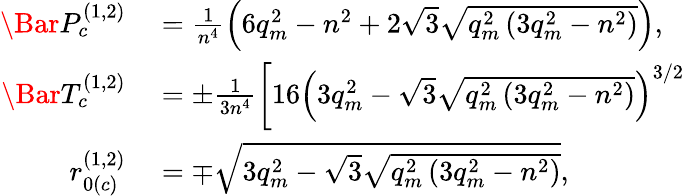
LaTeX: \begin{array}{rl}{\Bar{P}_{c}^{(1,2)}}&{{}=\frac{1}{n^{4}}\left(6q_{m}^{2}-n^{2}+2\sqrt{3}\sqrt{q_{m}^{2}\left(3q_{m}^{2}-n^{2}\right)}\right),}\\ {\Bar{T}_{c}^{(1,2)}}&{{}=\pm\frac{1}{3n^{4}}\left[16\left(3q_{m}^{2}-\sqrt{3}\sqrt{q_{m}^{2}\left(3q_{m}^{2}-n^{2}\right)}\right)^{3/2}\right.}\\ {r_{0(c)}^{(1,2)}}&{{}=\mp{\sqrt{3q_{m}^{2}-\sqrt{3}\sqrt{q_{m}^{2}\left(3q_{m}^{2}-n^{2}\right)}}},}\end{array}